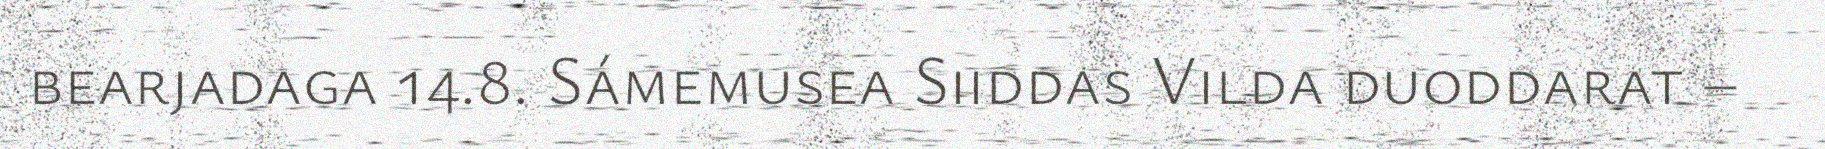
bearjadaga 14.8. Sámemusea Siiddas Vilda duoddarat –